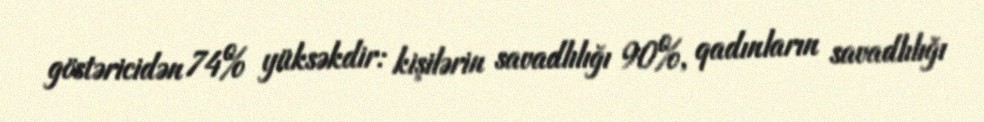
göstəricidən 74% yüksəkdir: kişilərin savadlılığı 90%, qadınların savadlılığı